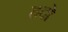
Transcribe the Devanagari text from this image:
हदो